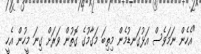
"އެހެން ނަމަވެސް އަޅުގަނޑުމެން މިތިބަ މަގާމުގެ ގޮތުން ވަރަށް ގިނަ މީހުން އެހީ